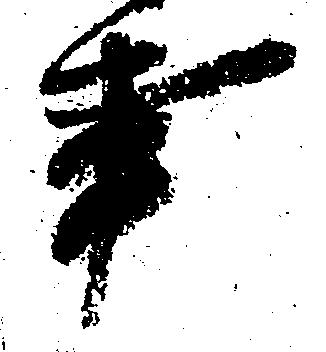
事